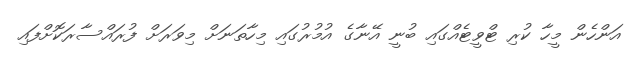
އަންހެން މީހާ ކުރި ޓްވީޓެއްގައި ބުނީ އޭނާގެ އުމުރުގައި މިހާތަނަށް މިވަރަށް ފުރައްސާރަކޮށްފައި